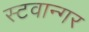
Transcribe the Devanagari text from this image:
स्टवान्गर